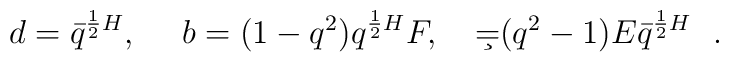
d=\bar q^{{1\over 2}H},\ \ \ \ b=(1-q^2)q^{{1\over 2}H}F,\ \ \ \c=(q^2-1)E\bar q^{{1\over 2}H}\ \ .